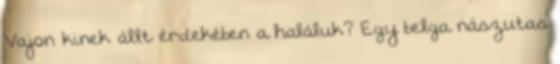
Vajon kinek állt érdekében a haláluk? Egy belga nászutas